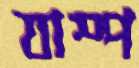
যাম্প